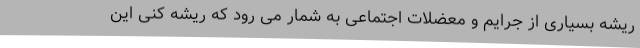
ریشه بسیاری از جرایم و معضلات اجتماعی به شمار می رود که ریشه کنی این